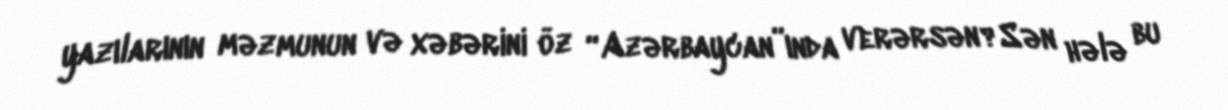
yazılarının məzmunun və xəbərini öz “Azərbaycan”ında verərsən?Sən hələ bu